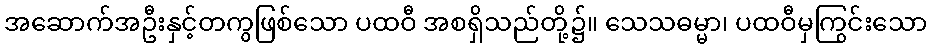
အဆောက်အဦးနှင့်တကွဖြစ်သော ပထဝီ အစရှိသည်တို့၌။ သေသဓမ္မာ၊ ပထဝီမှကြွင်းသော